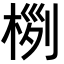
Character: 𣔜